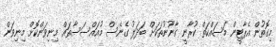
މިގޮތުން އެޕާޓީން މަސައްކަތް ކުރާނީ ގާނޫނުތަކަށް ބަދަލު ގެނެސް މުއައްސަސާތައް މިނިވަންކޮށް މިނިވަން